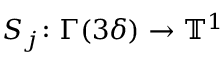
S _ { j } \colon \Gamma ( 3 \delta ) \to \ensuremath { \mathbb { T } } ^ { 1 }